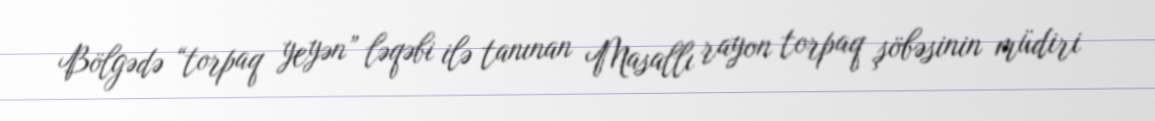
Bölgədə “torpaq yeyən” ləqəbi ilə tanınan Masallı rayon torpaq şöbəsinin müdiri